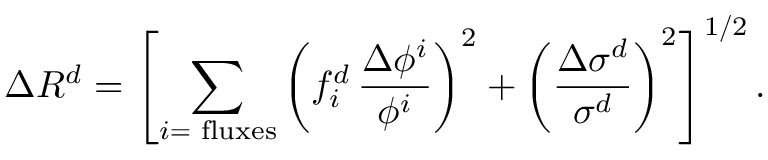
\Delta R ^ { d } = \left[ \sum _ { i = \mathrm { { \scriptsize ~ f l u x e s } } } \left( f _ { i } ^ { d } \, \frac { \Delta \phi ^ { i } } { \phi ^ { i } } \right) ^ { 2 } + \left( \frac { \Delta \sigma ^ { d } } { \sigma ^ { d } } \right) ^ { 2 } \right] ^ { 1 / 2 } .